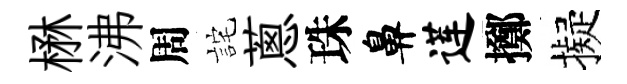
楙沸周詫蔥珠鼻莲擲擬